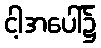
ငါ့အပေါ်၌